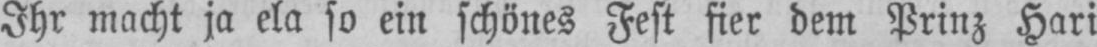
Ihr macht ja ela so ein schönes Fest fier dem Prinz Hari